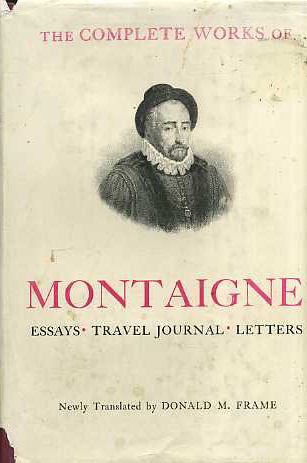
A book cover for Complete Works of Montaigne: Essays, Travel Journal, Letters; Michel de Montaigne; Politics & Social Sciences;